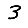
Digit: 3